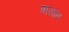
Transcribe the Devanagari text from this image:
त्रासांत